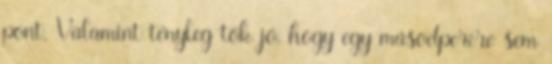
pont. Valamint tényleg tök jó, hogy egy másodpercre sem